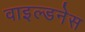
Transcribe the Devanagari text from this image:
वाइल्डनेस